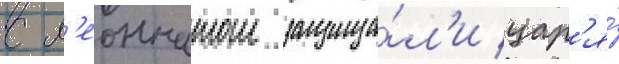
с л'еоннатом защища́л'и цар'я́